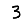
Digit: 3